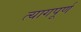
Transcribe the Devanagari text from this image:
त्यागपूर्ण